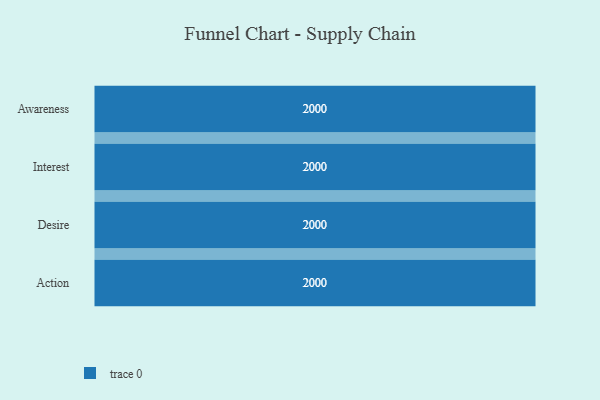
{"axis": {"x": "Stage", "y": "Value"}, "legend": [""], "data": [{"x": "Awareness", "y": 2000, "type": ""}, {"x": "Interest", "y": 2000, "type": ""}, {"x": "Desire", "y": 2000, "type": ""}, {"x": "Action", "y": 2000, "type": ""}]}